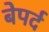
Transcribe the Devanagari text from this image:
बेपर्द